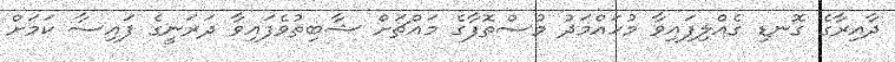
ދާއިރާގެ ގޮނޑި ގެއްލިފައިވާ މުހައްމަދު މުސްތޮފާގެ މައްޗަށް ޝާބިތުވެފައިވާ ދަރަނީގެ ފައިސާ ކަމަށް